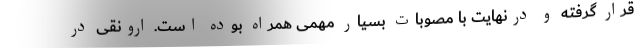
قرار گرفته و درنهایت با مصوبات بسیار مهمی همراه بوده است. ارونقی در